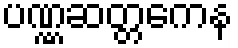
ပဏ္ဏဆတ္တကေန